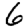
Digit: 6